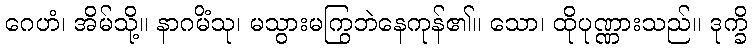
ဂေဟံ၊ အိမ်သို့။ နာဂမိံသု၊ မသွားမကြွဘဲနေကုန်၏။ သော၊ ထိုပုဏ္ဏားသည်။ ဒုက္ခိ